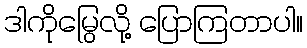
ဒါကိုမြွေလို့ ပြောကြတာပါ။